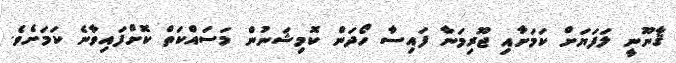
ޤާނޫނީ ލަފަޔަށް ކަމަށާއި ޖޫރިމަނާ ފައިސާ ހޯދަން ކޮމިޝަނުން މަސައްކަތް ކޮށްފައިވާނެ ކަމަށެވެ.